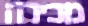
מכירה